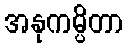
အနုကမ္ပိတာ